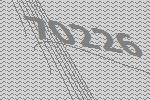
70226